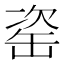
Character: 𦈱